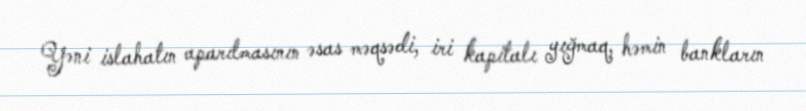
Yəni islahatın aparılmasının əsas məqsədi, iri kapitalı yığmaq, həmin bankların